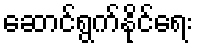
ဆောင်ရွက်နိုင်ရေး